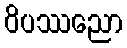
ဝိပဿညော